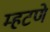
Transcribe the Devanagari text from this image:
म्हटणे